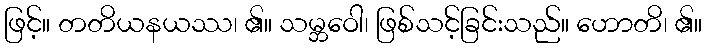
ဖြင့်။ တတိယနယဿ၊ ၏။ သမ္ဘဝေါ၊ ဖြစ်သင့်ခြင်းသည်။ ဟောတိ၊ ၏။